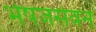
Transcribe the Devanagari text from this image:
भेषजसेवन